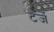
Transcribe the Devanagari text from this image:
टेर्जे